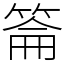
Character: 䈁